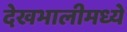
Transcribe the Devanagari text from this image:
देखभालीमध्ये